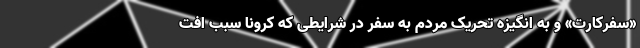
«سفرکارت» و به انگیزه تحریک مردم به سفر در شرایطی که کرونا سبب افت